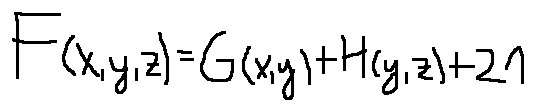
F ( x , y , z ) = G ( x , y ) + H ( y , z ) + 2 1